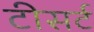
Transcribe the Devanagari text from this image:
टीसर्ट